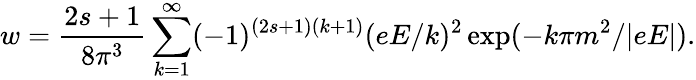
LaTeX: w={\frac{2s+1}{8\pi^{3}}}\sum_{k=1}^{\infty}(-1)^{(2s+1)(k+1)}(eE/k)^{2}\exp(-k\pi m^{2}/|eE|).